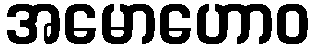
အမောဟောဝ